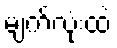
မျက်လုံးထဲ